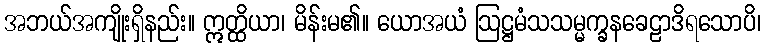
အဘယ်အကျိုးရှိနည်း။ ဣတ္ထိယာ၊ မိန်းမ၏။ ယောအယံ ဩဋ္ဌမံသသမ္မက္ခနခေဠာဒိရသောပိ၊